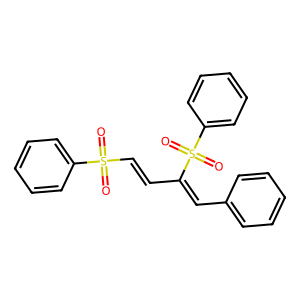
SMILES: O=S(=O)(C=CC(=Cc1ccccc1)S(=O)(=O)c1ccccc1)c1ccccc1
Inhibits HIV replication: No